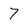
Character: 7